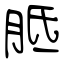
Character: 胝